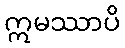
ဣမဿာပိ